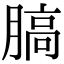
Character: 䐧